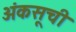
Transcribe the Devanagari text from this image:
अंकसूची